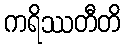
ကရိဿတီတိ